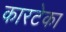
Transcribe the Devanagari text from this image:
कारटेका